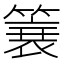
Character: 簔